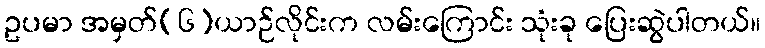
ဥပမာ အမှတ်(၆)ယာဉ်လိုင်းက လမ်းကြောင်း သုံးခု ပြေးဆွဲပါတယ်။